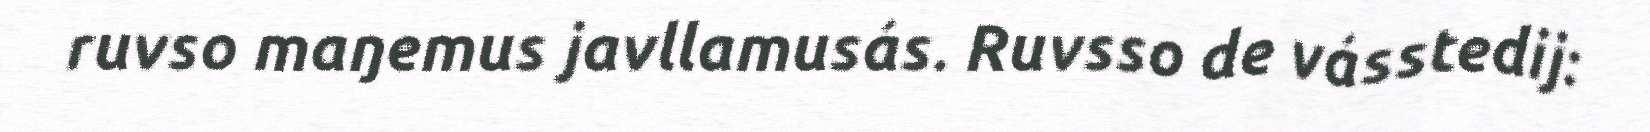
ruvso maŋemus javllamusás. Ruvsso de vásstedij: